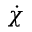
\dot { \chi }